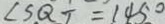
\angle S Q T = 1 4 5 0